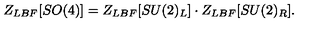
Z _ { L B F } [ S O ( 4 ) ] = Z _ { L B F } [ S U ( 2 ) _ { L } ] \cdot Z _ { L B F } [ S U ( 2 ) _ { R } ] . \nonumber